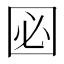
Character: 㘠